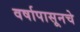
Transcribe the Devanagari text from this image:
वर्षापासूनचे